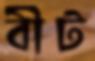
বীট